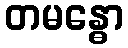
တမန္ဓော